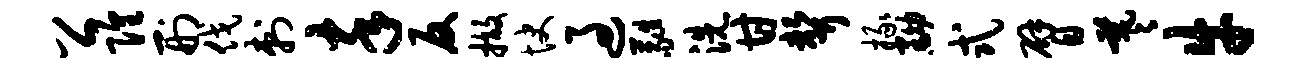
公隍刑伐刺卒反撤快过蕤洗甘声掾黝式臂羲牛